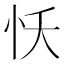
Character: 㤇